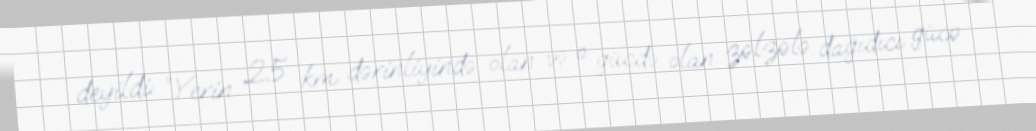
deyildi: ”Yerin 25 km dərinliyində olan və o gücdə olan zəlzələ dağıdıcı gücə